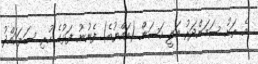
އެ ރަށު ސަމަންދަރު އަލީ ހަސަން (އައްޔުބެ) ފެނުނު ފަޅުގެ ހުރި ސަރަހައްދު